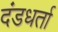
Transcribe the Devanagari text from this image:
दंडधर्ता